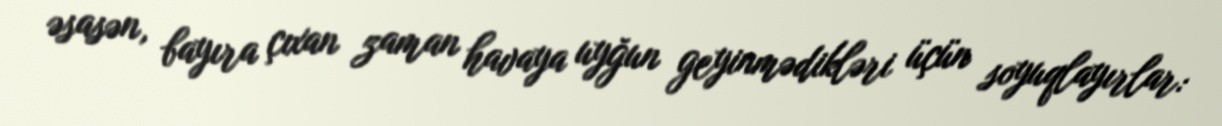
əsasən, bayıra çıxan zaman havaya uyğun geyinmədikləri üçün soyuqlayırlar: